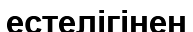
естелігінен